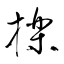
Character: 擽